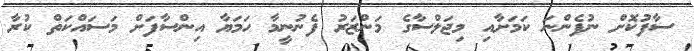
ސާފުކޮށް ނުފެންނަ ކަމަށާއި މިޖަލްސާގެ މަންޒަރު ފެނުނީމާ ހަމަޔާ އިންސާފަށް މަސައްކަތް ކުރާ